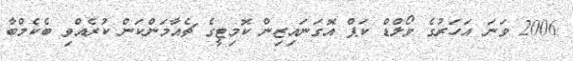
2006 ވަނަ އަހަރުގެ ވޯލްޑް ކަޕް އޮގަނައިޒިން ކޮމިޓީގެ ޗެއާމަންކަން ކުރެއްވި ބެކެމްބާ